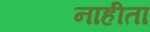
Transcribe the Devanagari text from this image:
नाहीता